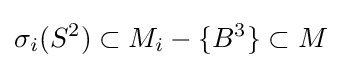
\sigma _{i}(S^{2})\subset M_{i}-\{B^{3}\}\subset M